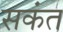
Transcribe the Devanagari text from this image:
सकंत